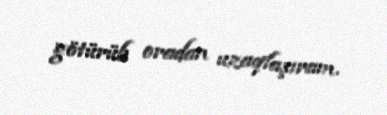
götürüb oradan uzaqlaşıram.